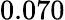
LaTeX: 0.070